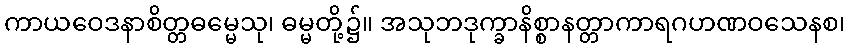
ကာယဝေဒနာစိတ္တဓမ္မေသု၊ ဓမ္မတို့၌။ အသုဘဒုက္ခာနိစ္စာနတ္တာကာရဂဟဏဝသေနစ၊